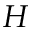
{ \cal H }